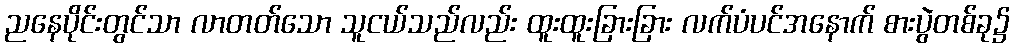
ညနေပိုင်းတွင်သာ လာတတ်သော သူငယ်သည်လည်း ထူးထူးခြားခြား လက်ပံပင်အနောက် စားပွဲတစ်ခု၌